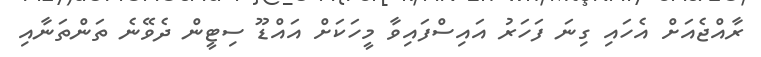
ރާއްޖެއަށް އެހައި ގިނަ ފަހަރު އައިސްފައިވާ މީހަކަށް އައްޑޫ ސިޓީން ދެވޭނެ ތަންތަނާއި